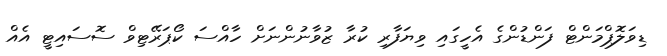
ޑިވަލޮޕްމަންޓް ފަންޑުންގެ އެހީގައި ވިޔަފާރި ކުރާ ޒުވާނުންނަށް ހާއްސަ ކޯޕަރޭޓިވް ސޮސައިޓީ އެއް